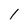
Character: l